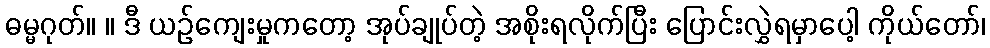
ဓမ္မဂုတ်။ ။ ဒီ ယဉ်ကျေးမှုကတော့ အုပ်ချုပ်တဲ့ အစိုးရလိုက်ပြီး ပြောင်းလွှဲရမှာပေါ့ ကိုယ်တော်၊